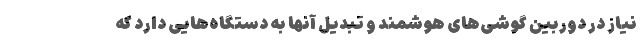
نیاز در دوربین گوشی‌های هوشمند و تبدیل آنها به دستگاه‌هایی دارد که